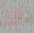
إذا